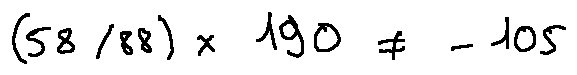
( 5 8 / 8 8 ) \times 1 9 0 \neq - 1 0 5